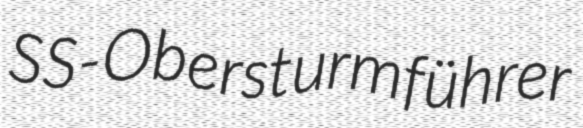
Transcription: SS-Obersturmführer